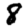
Digit: 8